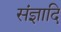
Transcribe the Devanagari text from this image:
संज्ञादि